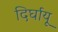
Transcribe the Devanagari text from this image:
दिर्घायू